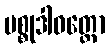
ပစ္စုဒါဝတ္တော